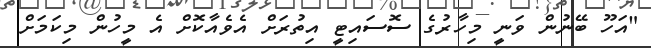
"އަހޫ ބޭނުން ވަނީ މިހާރުގެ ސޮސައިޓީ އިތުރަށް އެވެއާކޮށް އެ މީހުން މިކަމަށް